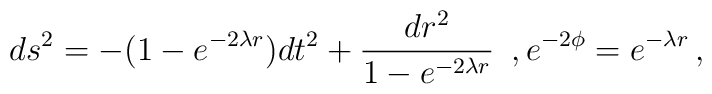
ds^2= - (1-e^{-2\lambda r}) dt^2 + \frac{dr^2}{1-e^{-2\lambda r}} \,\,\, , e^{-2\phi}=e^{-\lambda r}\, ,